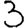
Digit: 3